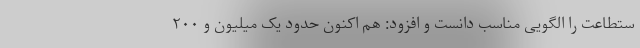
ستطاعت را الگویی مناسب دانست و افزود: هم اکنون حدود یک میلیون و ۲۰۰